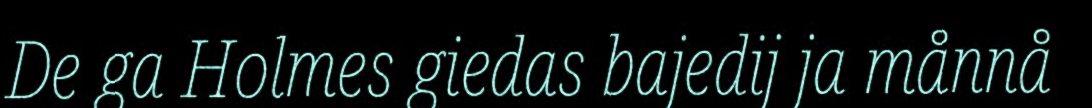
De ga Holmes giedas bajedij ja månnå